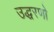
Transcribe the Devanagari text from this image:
उद्धरणो